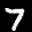
Label: 7